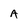
Character: A